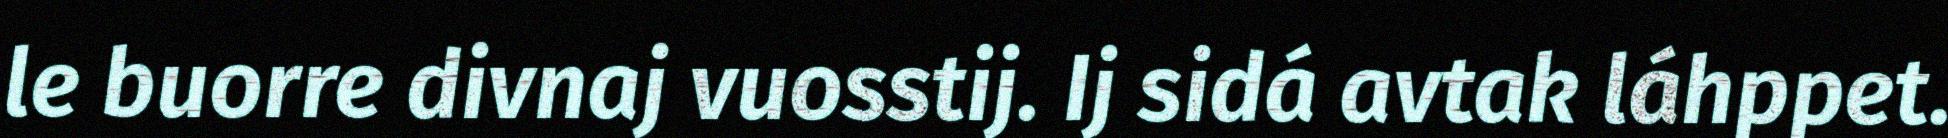
le buorre divnaj vuosstij. Ij sidá avtak láhppet.